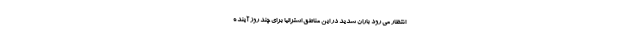
انتظار می رود باران شدید در این مناطق استرالیا برای چند روز آینده